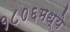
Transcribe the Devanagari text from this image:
१८०६मध्ये